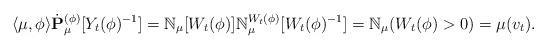
LaTeX: \begin{align*} \langle \mu,\phi \rangle \dot {\mathbf P}^{(\phi)}_\mu [Y_t(\phi)^{-1}] = \mathbb N_\mu[W_t(\phi)] \mathbb N^{W_t(\phi)}_\mu [W_t(\phi)^{-1}] = \mathbb N_\mu(W_t(\phi) > 0) = \mu(v_t). \end{align*}